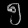
Digit: ၅